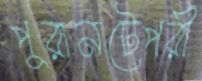
পুরানটেপরী